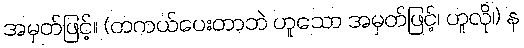
အမှတ်ဖြင့်။ (တကယ်ပေးတာဘဲ ဟူသော အမှတ်ဖြင့်၊ ဟူလို၊) န